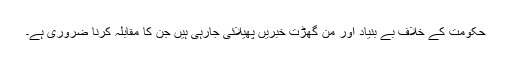
حکومت کے خلاف بے بنیاد اور من گھڑت خبریں پھیلائی جارہی ہیں جن کا مقابلہ کرنا ضروری ہے۔